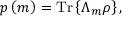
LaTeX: p \left( m \right) = { \mathrm { T r } } \left\{ \Lambda _ { m } \rho \right\} ,